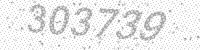
Solution: 303739